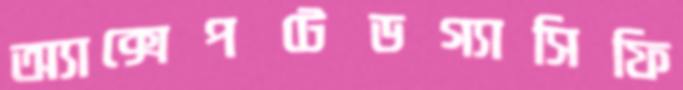
অ্যাক্সেপটেডগ্যাসিফি